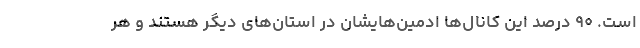
است. ۹۰ درصد این کانال‌ها ادمین‌هایشان در استان‌های دیگر هستند و هر